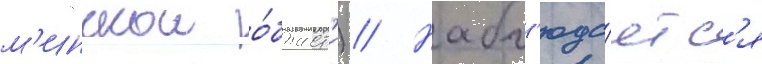
м'инскои о́бласт'и) // Набл'юда́етс'я